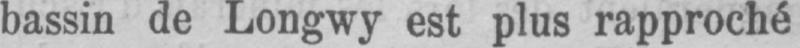
bassin de Longwy est plus rapproché